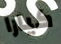
كيارا